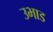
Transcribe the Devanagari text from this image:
उभाड